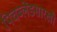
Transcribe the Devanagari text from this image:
पिचब्लेंडसारखी